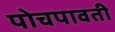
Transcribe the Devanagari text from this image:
पोचपावती